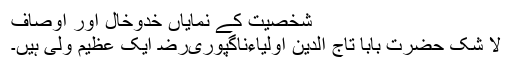
شخصیت کے نمایاں خدوخال اور اوصاف
لا شک حضرت بابا تاج الدین اولیاءناگپوریﺭﺿ ایک عظیم ولی ہیں۔